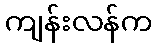
ကျန်းလန်က